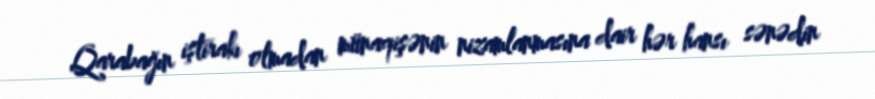
Qarabağın iştirakı olmadan münaqişənin nizamlanmasına dair hər hansı sənədin